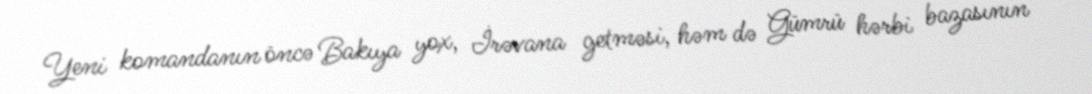
Yeni komandanın öncə Bakıya yox, İrəvana getməsi, həm də Gümrü hərbi bazasının